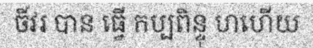
ចីវរ បាន ធ្វើ កប្បពិន្ទុ ហហើយ